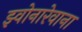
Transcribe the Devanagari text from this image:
झ्वोनारेवाना